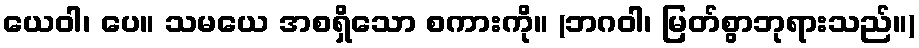
ယေဝါ၊ ပေ။ သမယေ အစရှိသော စကားကို။ (ဘဂဝါ၊ မြတ်စွာဘုရားသည်။)